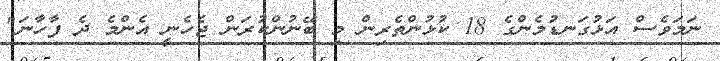
ނަމަވެސް އަޅުގަނޑުމެންގެ 18 ކުޅުންތެރިން މި ބޭނުންކުރަން ޖެހެނީ އެންމެ ދެ ފާހާނަ"